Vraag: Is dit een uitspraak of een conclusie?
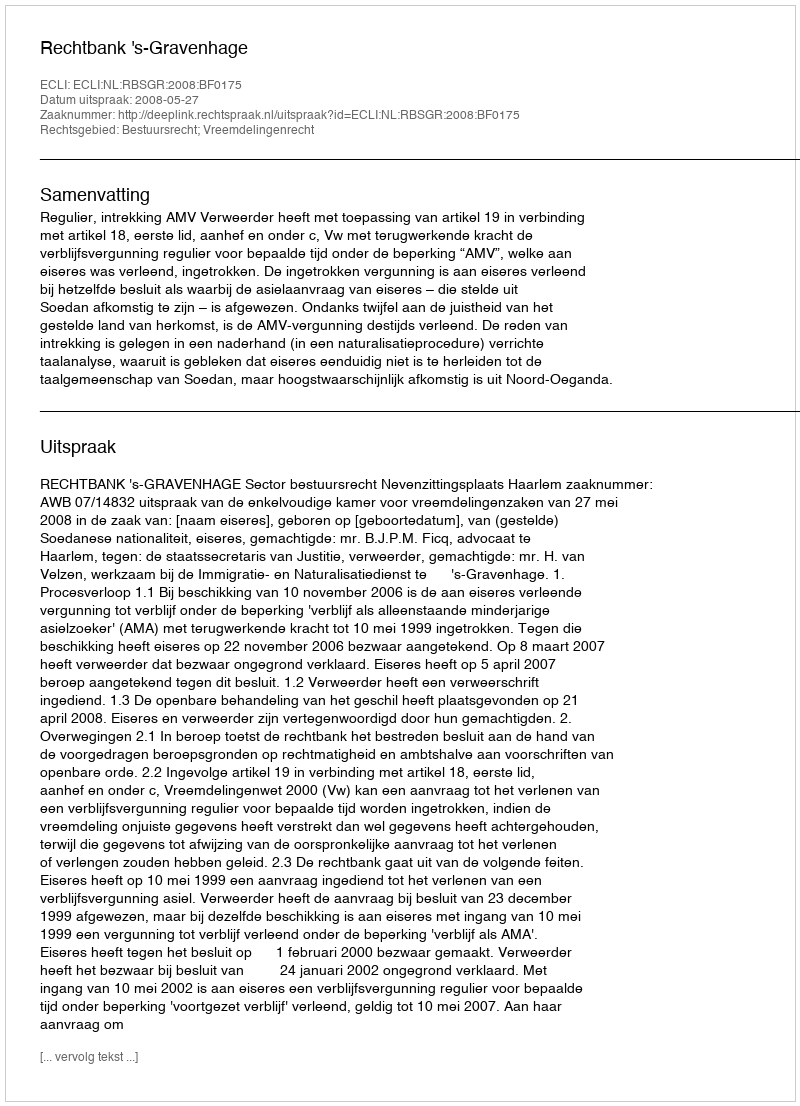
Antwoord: Uitspraak